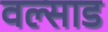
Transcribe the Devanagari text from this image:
वल्साड